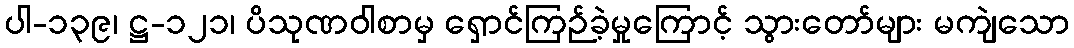
ပါ-၁၃၉၊ ဋ္ဌ-၁၂၁၊ ပိသုဏဝါစာမှ ရှောင်ကြဉ်ခဲ့မှုကြောင့် သွားတော်များ မကျဲသော